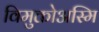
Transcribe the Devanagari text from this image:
विमुक्तोअस्मि